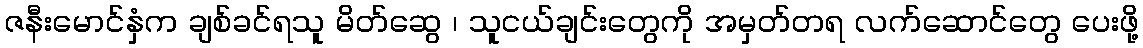
ဇနီးမောင်နှံက ချစ်ခင်ရသူ မိတ်ဆွေ ၊ သူငယ်ချင်းတွေကို အမှတ်တရ လက်ဆောင်တွေ ပေးဖို့